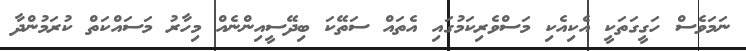
ނަމަވެސް ހަގީގަތަކީ އެކިއެކި މަސްވެރިކަމުގައި އެތައް ސަތޭކަ ބިދޭސީއިންނެއް މިހާރު މަސައްކަތް ކުރަމުންދާ